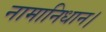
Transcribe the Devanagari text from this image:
नामानिधान।